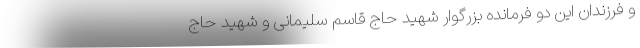
و فرزندان این دو فرمانده بزرگوار شهید حاج قاسم سلیمانی و شهید حاج